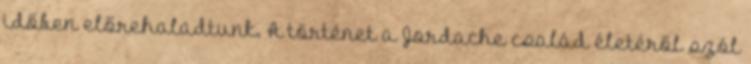
időben előrehaladtunk. A történet a Jordache család életéről szól